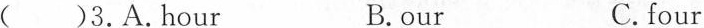
( )3. A .Hour B. our C. four